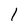
Character: I